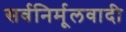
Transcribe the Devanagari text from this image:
सर्वनिर्मूलवादी